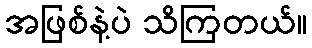
အဖြစ်နဲ့ပဲ သိကြတယ်။